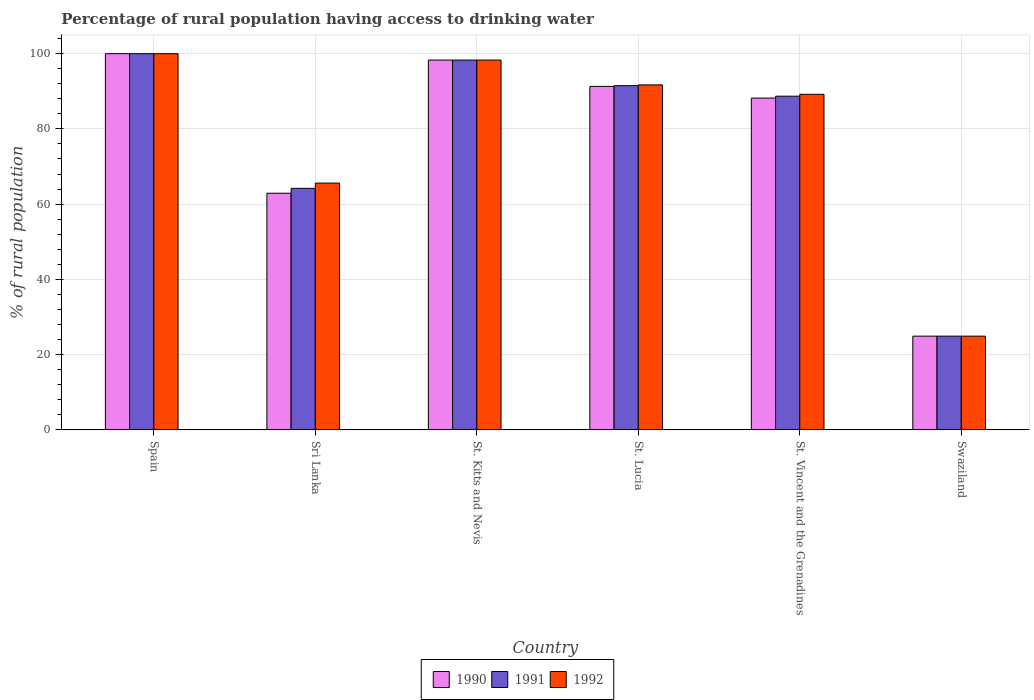
| Country | 1990 | 1991 | 1992 |
 | --- | --- | --- | --- |
 | Spain | 100 | 100 | 100 |
 | Sri Lanka | 62.9 | 64.2 | 65.6 |
 | St. Kitts and Nevis | 98.3 | 98.3 | 98.3 |
 | St. Lucia | 91.3 | 91.5 | 91.7 |
 | St. Vincent and the Grenadines | 88.2 | 88.7 | 89.2 |
 | Swaziland | 24.9 | 24.9 | 24.9 |